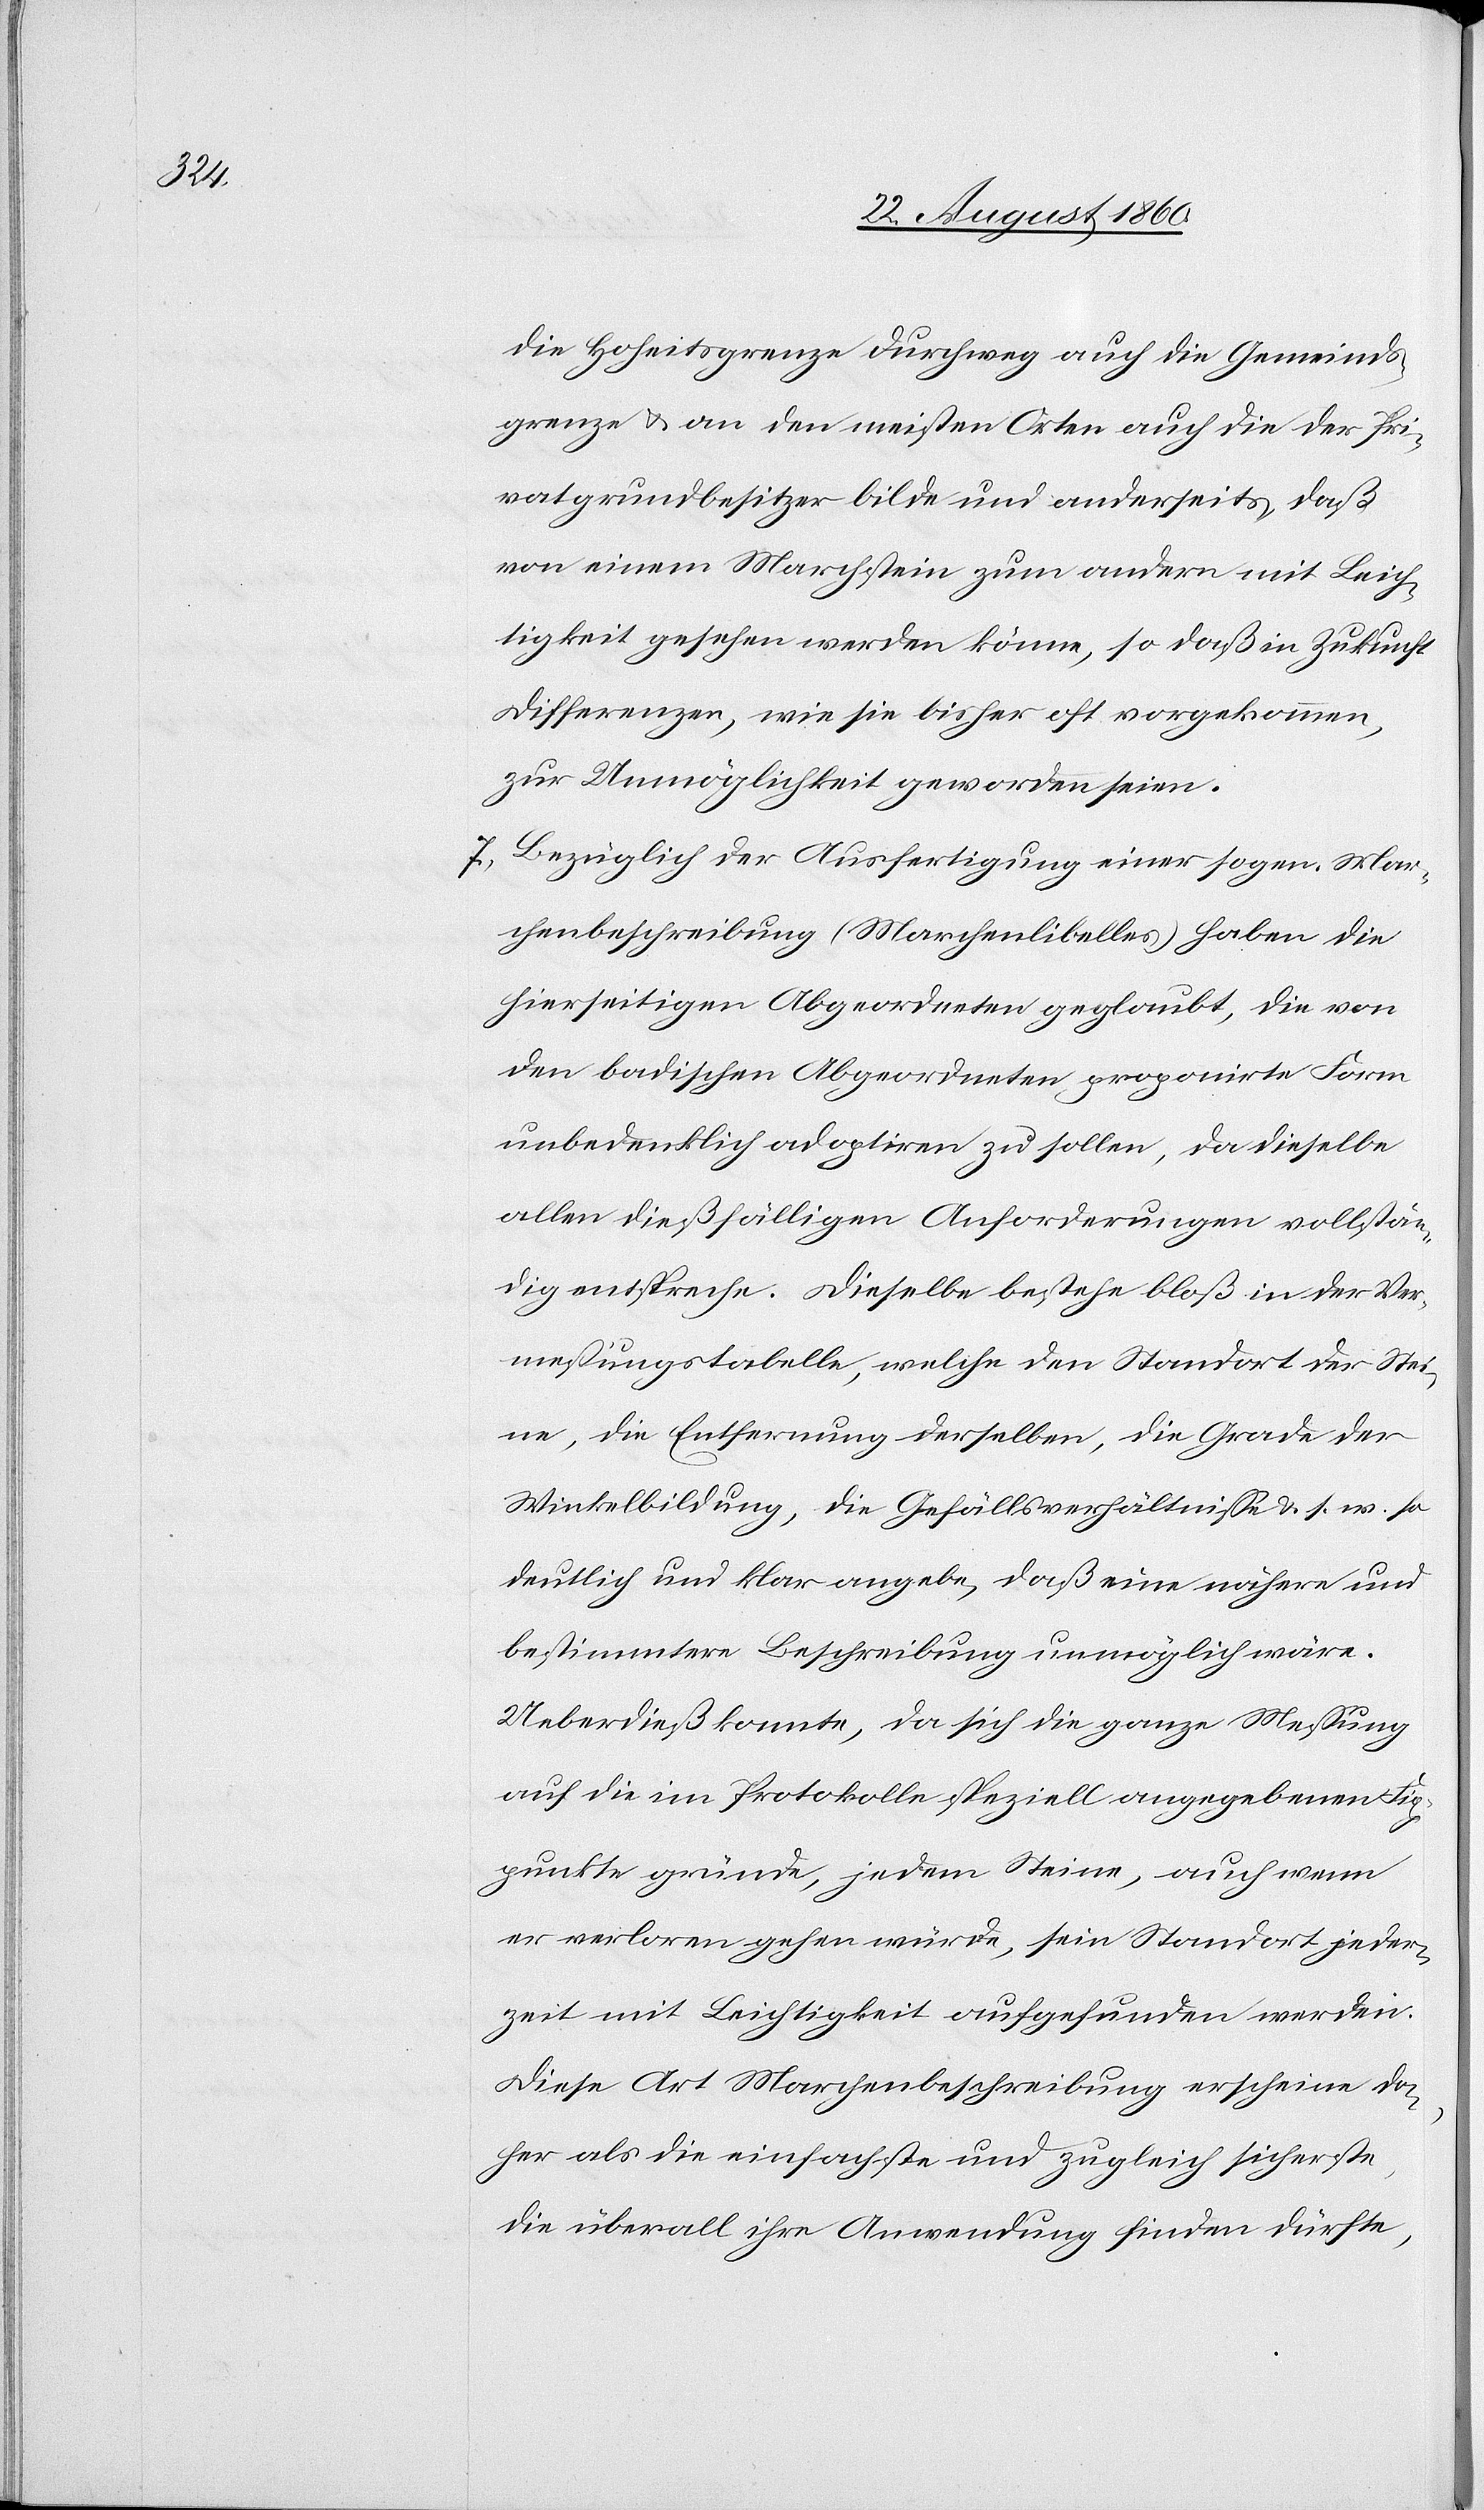
die Hoheitsgrenze durchweg auch die Gemeinds¬
grenze u. an den meisten Orten auch die der Pri¬
vatgrundsbesitzer bilde und anderseits, dass
von einem Marchstein zum andern mit Leich¬
tigkeit gesehen werden könne, so dass in Zukunft
Differenzen, wie sie bisher oft vorgekommen,
zur Unmöglichkeit geworden seien.
7) Bezüglich der Anfertigung einer sogen. Mar¬
chenbeschreibung (Marchenlibelles) haben die
hierseitigen Abgeordneten geglaubt, die von
den badischen Abgeordneten proponirte Form
unbedenklich adoptiren zu sollen, da dieselbe
allen diesfälligen Anforderungen vollstän¬
dig entspreche. Dieselbe bestehe blos in der Ver¬
messungstabelle, welche den Standort der Sei¬
ten, die Entfernung derselben, die Grade der
Winkelbildung, die Gefällsverhältnisse u. s. w. so
deutlich und klar angebe, dass eine nähere und
bestimmtere Beschreibung unmöglich wäre.
Ueberdiess konnte, da sich die ganze Messung
auf die im Protokolle speziell angegebenen Fix¬
punkte gründe, jedem Steine, auch wenn
er verloren gehen würde, sein Standort jeder¬
zeit mit Leichtigkeit aufgefunden werden.
Diese Art Marchenbeschreibung erscheine da¬
her als die einfachste und zugleich sicherte
die überall ihre Anwendung finden dürfte,